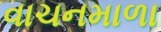
વાચનમાળા